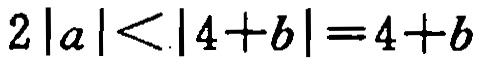
\(2|a|<|4 + b| = 4 + b\)